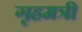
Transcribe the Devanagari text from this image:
गृहमत्री